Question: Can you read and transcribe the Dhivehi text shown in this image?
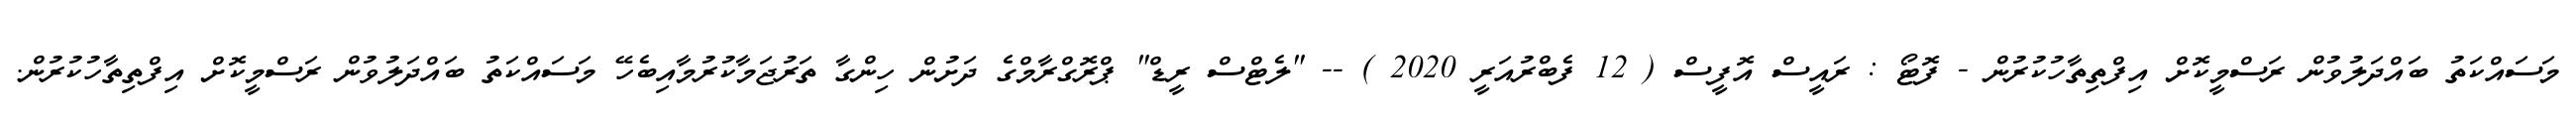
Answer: މަސައްކަތު ބައްދަލުވުން ރަސްމީކޮށް އިފްތިތާހުކުރުން - ފޮޓޯ : ރައީސް އޮފީސް ( 12 ފެބްރުއަރީ 2020 ) -- "ލެޓްސް ރީޑް" ޕްރޮގްރާމްގެ ދަށުން ހިންގާ ތަރުޖަމާކުރުމާއިބެހޭ މަސައްކަތު ބައްދަލުވުން ރަސްމީކޮށް އިފްތިތާހުކުރުން.